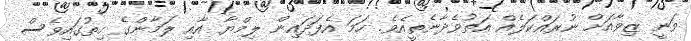
ވަނީ ޒިވާއަށް ނުރައްކަލެއް އަތުވެދާނެތީއެވެ. ހަމަ އެފަދައިން ލިމްޔާ އާއި ލަމާންގެ ހިތުގައިވެސް